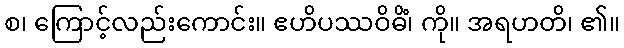
စ၊ ကြောင့်လည်းကောင်း။ ဧဟိပဿဝိဓိံ၊ ကို။ အရဟတိ၊ ၏။